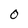
Character: 0